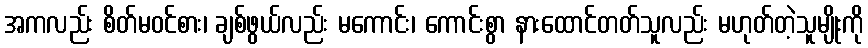
အကလည်း စိတ်မဝင်စား၊ ချစ်ဖွယ်လည်း မကောင်း၊ ကောင်းစွာ နားထောင်တတ်သူလည်း မဟုတ်တဲ့သူမျိုးကို